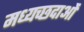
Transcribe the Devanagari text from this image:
मध्यच्छदाओं